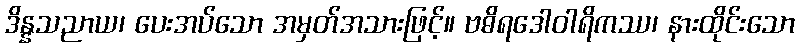
ဒိန္နသညာယ၊ ပေးအပ်သော အမှတ်အသားဖြင့်။ ဗဓိရဒေါဝါရိကဿ၊ နားထိုင်းသော